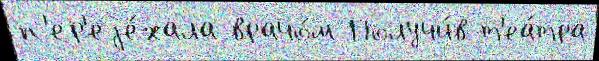
п'ер'еjе́хала врачо́м Получи́в т'еа́тра